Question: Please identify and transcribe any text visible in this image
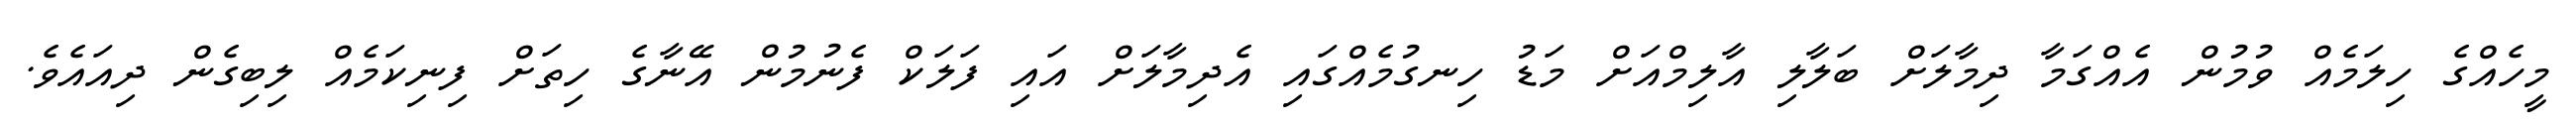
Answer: މީހެއްގެ ހިލަމެއް ވުމުން އެއްގަމާ ދިމާލަށް ބަލާލި އާލިމްއަށް މަޑު ހިނގުމެއްގައި އެދިމާލަށް އައި ފަލަކް ފެނުމުން އޭނާގެ ހިތަށް ފިނިކަމެއް ލިބިގެން ދިއައެވެ.